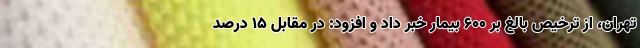
تهران، از ترخیص بالغ بر 600 بیمار خبر داد و افزود: در مقابل 15 درصد